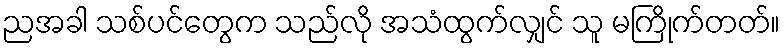
ညအခါ သစ်ပင်တွေက သည်လို အသံထွက်လျှင် သူ မကြိုက်တတ်။